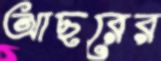
আছরের